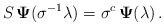
LaTeX: \begin{align*}S \,\mathbf{\Psi}(\sigma^{-1} \lambda ) = \sigma^c\,\mathbf{\Psi}(\lambda) \,.\end{align*}